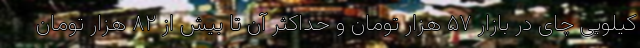
کیلویی چای در بازار ۵۷ هزار تومان و حداکثر آن تا بیش از ۸۲ هزار تومان